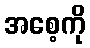
အစေ့ကို